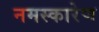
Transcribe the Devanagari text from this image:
नमस्कारेण